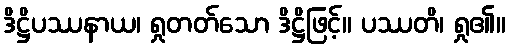
ဒိဋ္ဌိပဿနာယ၊ ရှုတတ်သော ဒိဋ္ဌိဖြင့်။ ပဿတိ၊ ရှု၏။